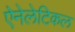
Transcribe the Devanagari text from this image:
ऐनेलेटिकल